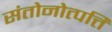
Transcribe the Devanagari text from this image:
संतोनोत्पत्ति